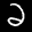
Label: 2